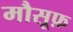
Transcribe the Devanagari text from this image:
मौसूफ़